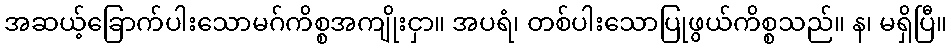
အဆယ့်ခြောက်ပါးသောမဂ်ကိစ္စအကျိုးငှာ။ အပရံ၊ တစ်ပါးသောပြုဖွယ်ကိစ္စသည်။ န၊ မရှိပြီ။